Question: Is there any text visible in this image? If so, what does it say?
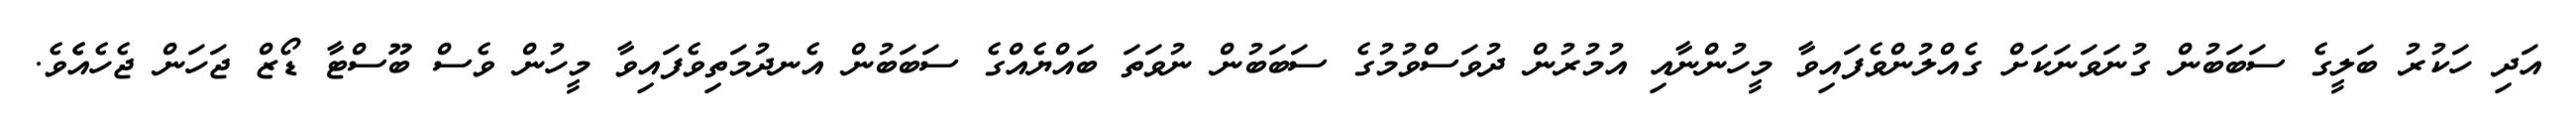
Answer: އަދި ހަކުރު ބަލީގެ ސަބަބުން ގުނަވަނަކަށް ގެއްލުންވެފައިވާ މީހުންނާއި އުމުރުން ދުވަސްވުމުގެ ސަބަބުން ނުވަތަ ބައްޔެއްގެ ސަބަބުން އެނދުމަތިވެފައިވާ މީހުން ވެސް ބޫސްޓާ ޑޯޒް ޖަހަން ޖެހެއެެވެ.